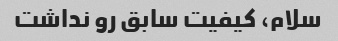
سلام، کیفیت سابق رو نداشت